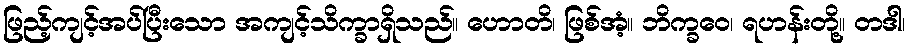
ဖြည့်ကျင့်အပ်ပြီးသော အကျင့်သိက္ခာရှိသည်။ ဟောတိ၊ ဖြစ်အံ့။ ဘိက္ခဝေ၊ ရဟန်းတို့။ တဒါ၊